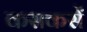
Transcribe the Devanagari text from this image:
कसकसें